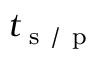
t _ { \mathrm { ~ s ~ } / \mathrm { ~ p ~ } }